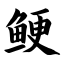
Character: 鲠